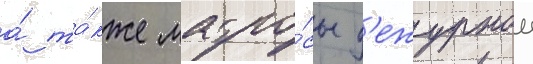
а́ та́кже матро́сы д'ежурнои